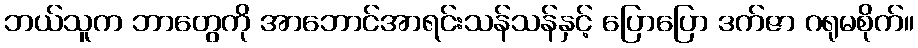
ဘယ်သူက ဘာတွေကို အာဘောင်အာရင်းသန်သန်နှင့် ပြောပြော ဒက်ဇာ ဂရုမစိုက်။